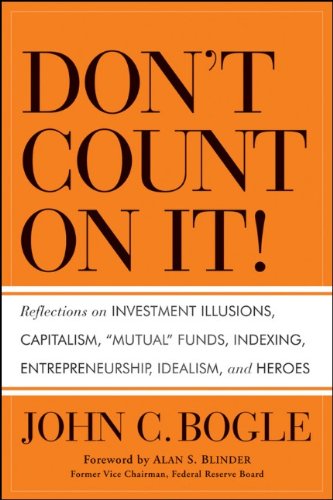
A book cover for Don't Count on It!: Reflections on Investment Illusions, Capitalism, "Mutual" Funds, Indexing, Entrepreneurship, Idealism, and Heroes; John C. Bogle; Business & Money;